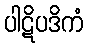
ပါဋိပဒိကံ